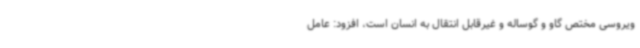
ویروسی مختص گاو و گوساله و غیرقابل انتقال به انسان است، افزود: عامل